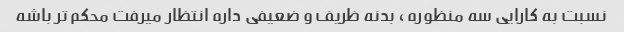
نسبت به کارایی سه منظوره ، بدنه ظریف و ضعیفی داره انتظار میرفت محکم تر باشه